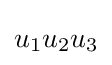
u_{1}u_{2}u_{3}